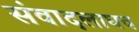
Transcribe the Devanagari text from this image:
संवादलाघव